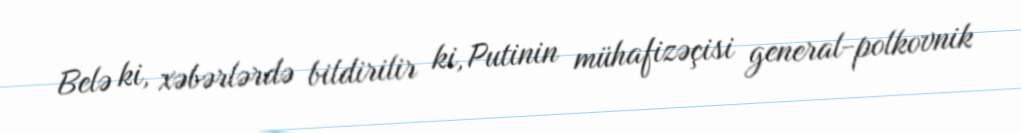
Belə ki, xəbərlərdə bildirilir ki, Putinin mühafizəçisi general-polkovnik